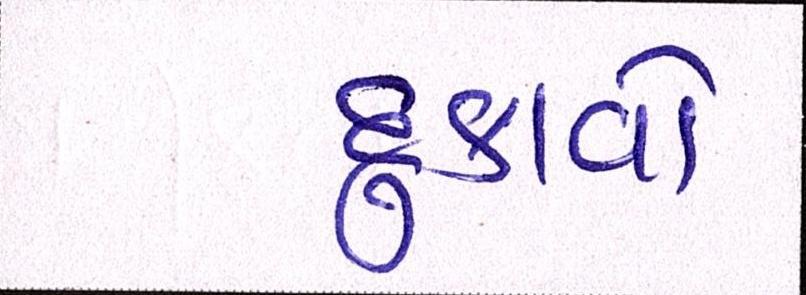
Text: દુઃકાવો